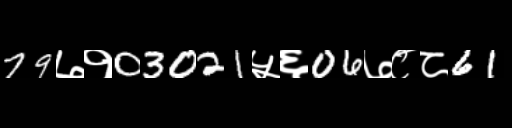
Text: 79७१03021५६06७८८61